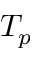
T _ { p }